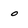
Character: o